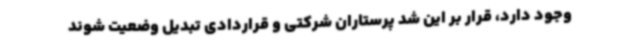
وجود دارد، قرار بر این شد پرستاران شرکتی و قراردادی تبدیل وضعیت شوند